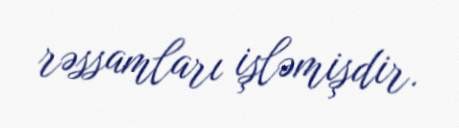
rəssamları işləmişdir.